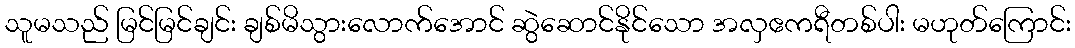
သူမသည် မြင်မြင်ချင်း ချစ်မိသွားလောက်အောင် ဆွဲဆောင်နိုင်သော အလှဧကရီတစ်ပါး မဟုတ်ကြောင်း